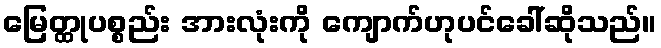
မြေတ္ထုပစ္စည်း အားလုံးကို ကျောက်ဟုပင်ခေါ်ဆိုသည်။